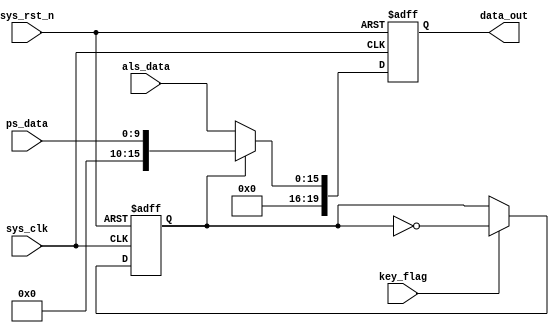
`timescale  1ns/1ns
////////////////////////////////////////////////////////////////////////
// Module Name   : key_ctrl
// Project Name  : ap3216c
// Target Devices: Altera EP4CE10F17C8N
// Tool Versions : Quartus 13.0
// Description   : 
//
// Revision      : V1.0
// Additional Comments:
// 
// : _Pro_FPGA
//     : http://www.embedfire.com
//     : http://www.firebbs.cn
//     : https://fire-stm32.taobao.com
////////////////////////////////////////////////////////////////////////

module  key_ctrl
(
    input   wire            sys_clk     ,   //50MHz
    input   wire            sys_rst_n   ,   //
    input   wire            key_flag    ,   //
    input   wire    [9:0]   ps_data     ,   //ps
    input   wire    [15:0]  als_data    ,   //als

    output  reg     [19:0]  data_out        //

);

//********************************************************************//
//****************** Parameter and Internal Signal *******************//
//********************************************************************//

//reg   define
reg data_flag   ;   //

//********************************************************************//
//******************************* Main Code **************************//
//********************************************************************//

//data_flag
always@(posedge sys_clk or  negedge sys_rst_n)
    if(sys_rst_n == 1'b0)
        data_flag    <=  1'd0;
    else    if(key_flag == 1'b1)
        data_flag    <=  ~data_flag;

//data_out:
always@(posedge sys_clk or  negedge sys_rst_n)
    if(sys_rst_n == 1'b0)
        data_out    <=  20'd0;
    else    if(data_flag == 1'b0)
        data_out    <=  als_data;
   else
        data_out    <=  ps_data;

endmodule